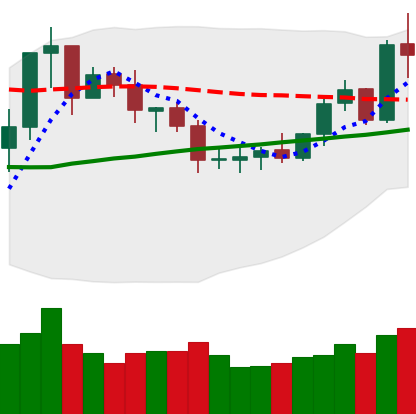
Ticker: ETC-USD
Chart end date: 2020-07-26
Forward return: 11.906%
Label: up_7plus